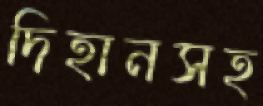
দিহানসহ